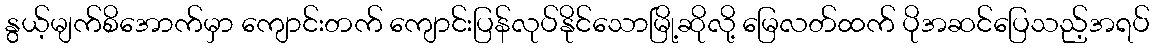
နွယ့်မျက်စိအောက်မှာ ကျောင်းတက် ကျောင်းပြန်လုပ်နိုင်သောမြို့ဆိုလို့ မြေလတ်ထက် ပိုအဆင်ပြေသည့်အရပ်